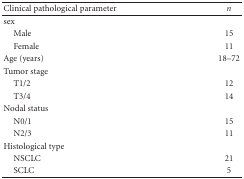
<table><thead><tr><td><b>Clinical pathological parameter</b></td><td><b><i>n</i></b></td></tr></thead><tbody><tr><td>sex</td><td></td></tr><tr><td> Male</td><td>15</td></tr><tr><td> Female</td><td>11</td></tr><tr><td>Age (years)</td><td>18–72</td></tr><tr><td>Tumor stage</td><td></td></tr><tr><td> T1/2</td><td>12</td></tr><tr><td> T3/4</td><td>14</td></tr><tr><td>Nodal status</td><td></td></tr><tr><td> N0/1</td><td>15</td></tr><tr><td> N2/3</td><td>11</td></tr><tr><td>Histological type</td><td></td></tr><tr><td> NSCLC</td><td>21</td></tr><tr><td> SCLC</td><td>5</td></tr></tbody></table>